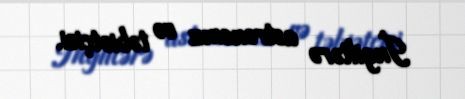
İngiltərə astronomu və təbiətçisi.